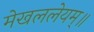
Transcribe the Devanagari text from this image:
मेखललेयम्॥